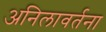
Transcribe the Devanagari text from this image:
अनिलावर्तना